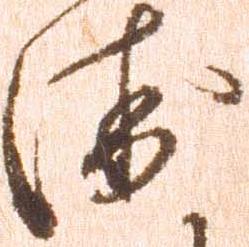
衛